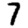
Digit: 7